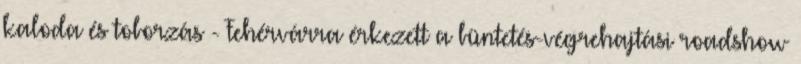
kaloda és toborzás - Fehérvárra érkezett a büntetés-végrehajtási roadshow